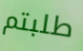
طلبتم